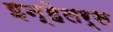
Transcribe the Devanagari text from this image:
इन्हेलर्स